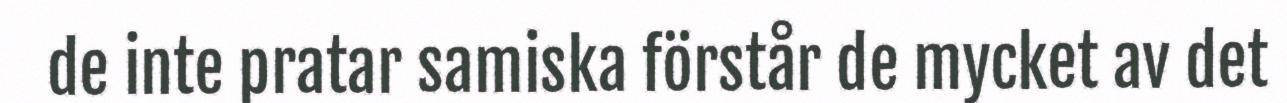
de inte pratar samiska förstår de mycket av det